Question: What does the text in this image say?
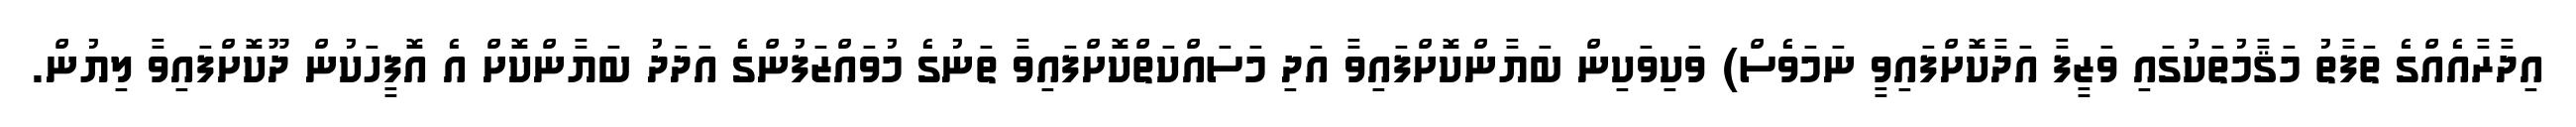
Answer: އިދާރާއެއްގެ ތަފާތު މަޤާމުތަކުގައި ވަޒީފާ އަދާކޮށްފައިވީ ނަމަވެސް) ވަކިވަކިން ބަޔާންކޮށްފައިވާ އަދި މަސައްކަތްކޮށްފައިވާ ތަނުގެ މުވައްޒަފުންގެ އަދަދު ބަޔާންކޮށް އެ އޮފީހަކުން ދޫކޮށްފައިވާ ލިޔުން.